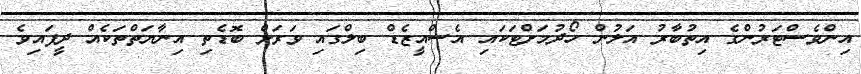
އިންވެސްޓަރުންގެ އިތުބާރު އަލުން ހޯދުމަށްޓަކައި އެސްއީޒެޑް ބިލްގައި ވަރަށް ބޮޑެތި އިނާޔަތްތަކެއް ދީފައިވެ